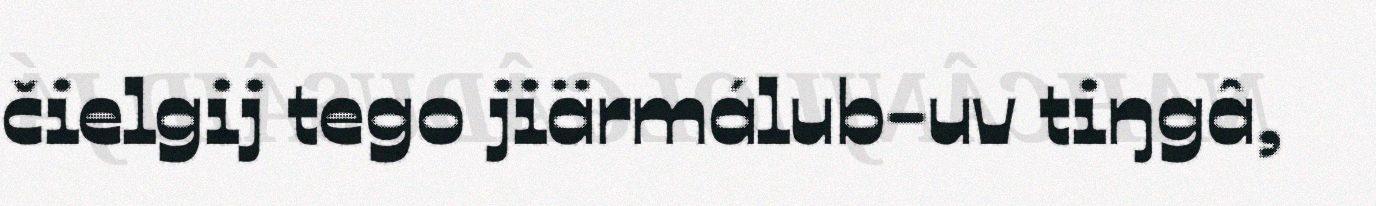
čielgij tego jiärmálub-uv tiŋgâ,